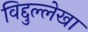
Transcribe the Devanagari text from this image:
विद्दुल्लेखा